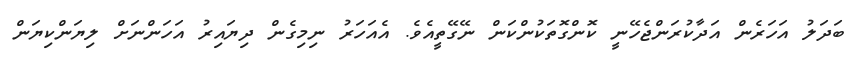
ބަދަލު އަހަރެން އަދާކުރަންޖެހޭނީ ކޮންގޮތަކުންކަން ނޭގޭތީއެވެ. އެއަހަރު ނިމިގެން ދިޔައިރު އަހަންނަށް ލިޔަންކިޔަން